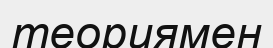
теориямен